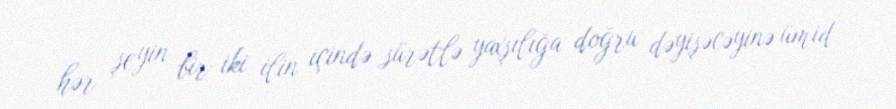
hər şeyin bir-iki ilin içində sürətlə yaxşılığa doğru dəyişəcəyinə ümid